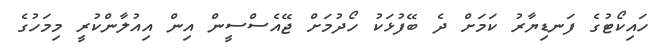
ހައިކޯޓުގެ ފަނޑިޔާރު ކަމަށް ދެ ބޭފުޅަކު ހޯދުމަށް ޖޭއެސްސީން އިން އިއުލާންކުރީ މިމަހުގެ